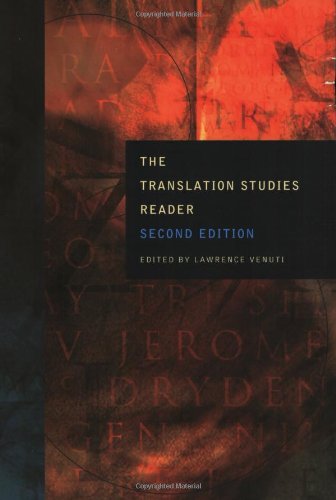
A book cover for The Translation Studies Reader; Reference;